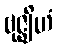
ဗုဇ္ဈိဟံ